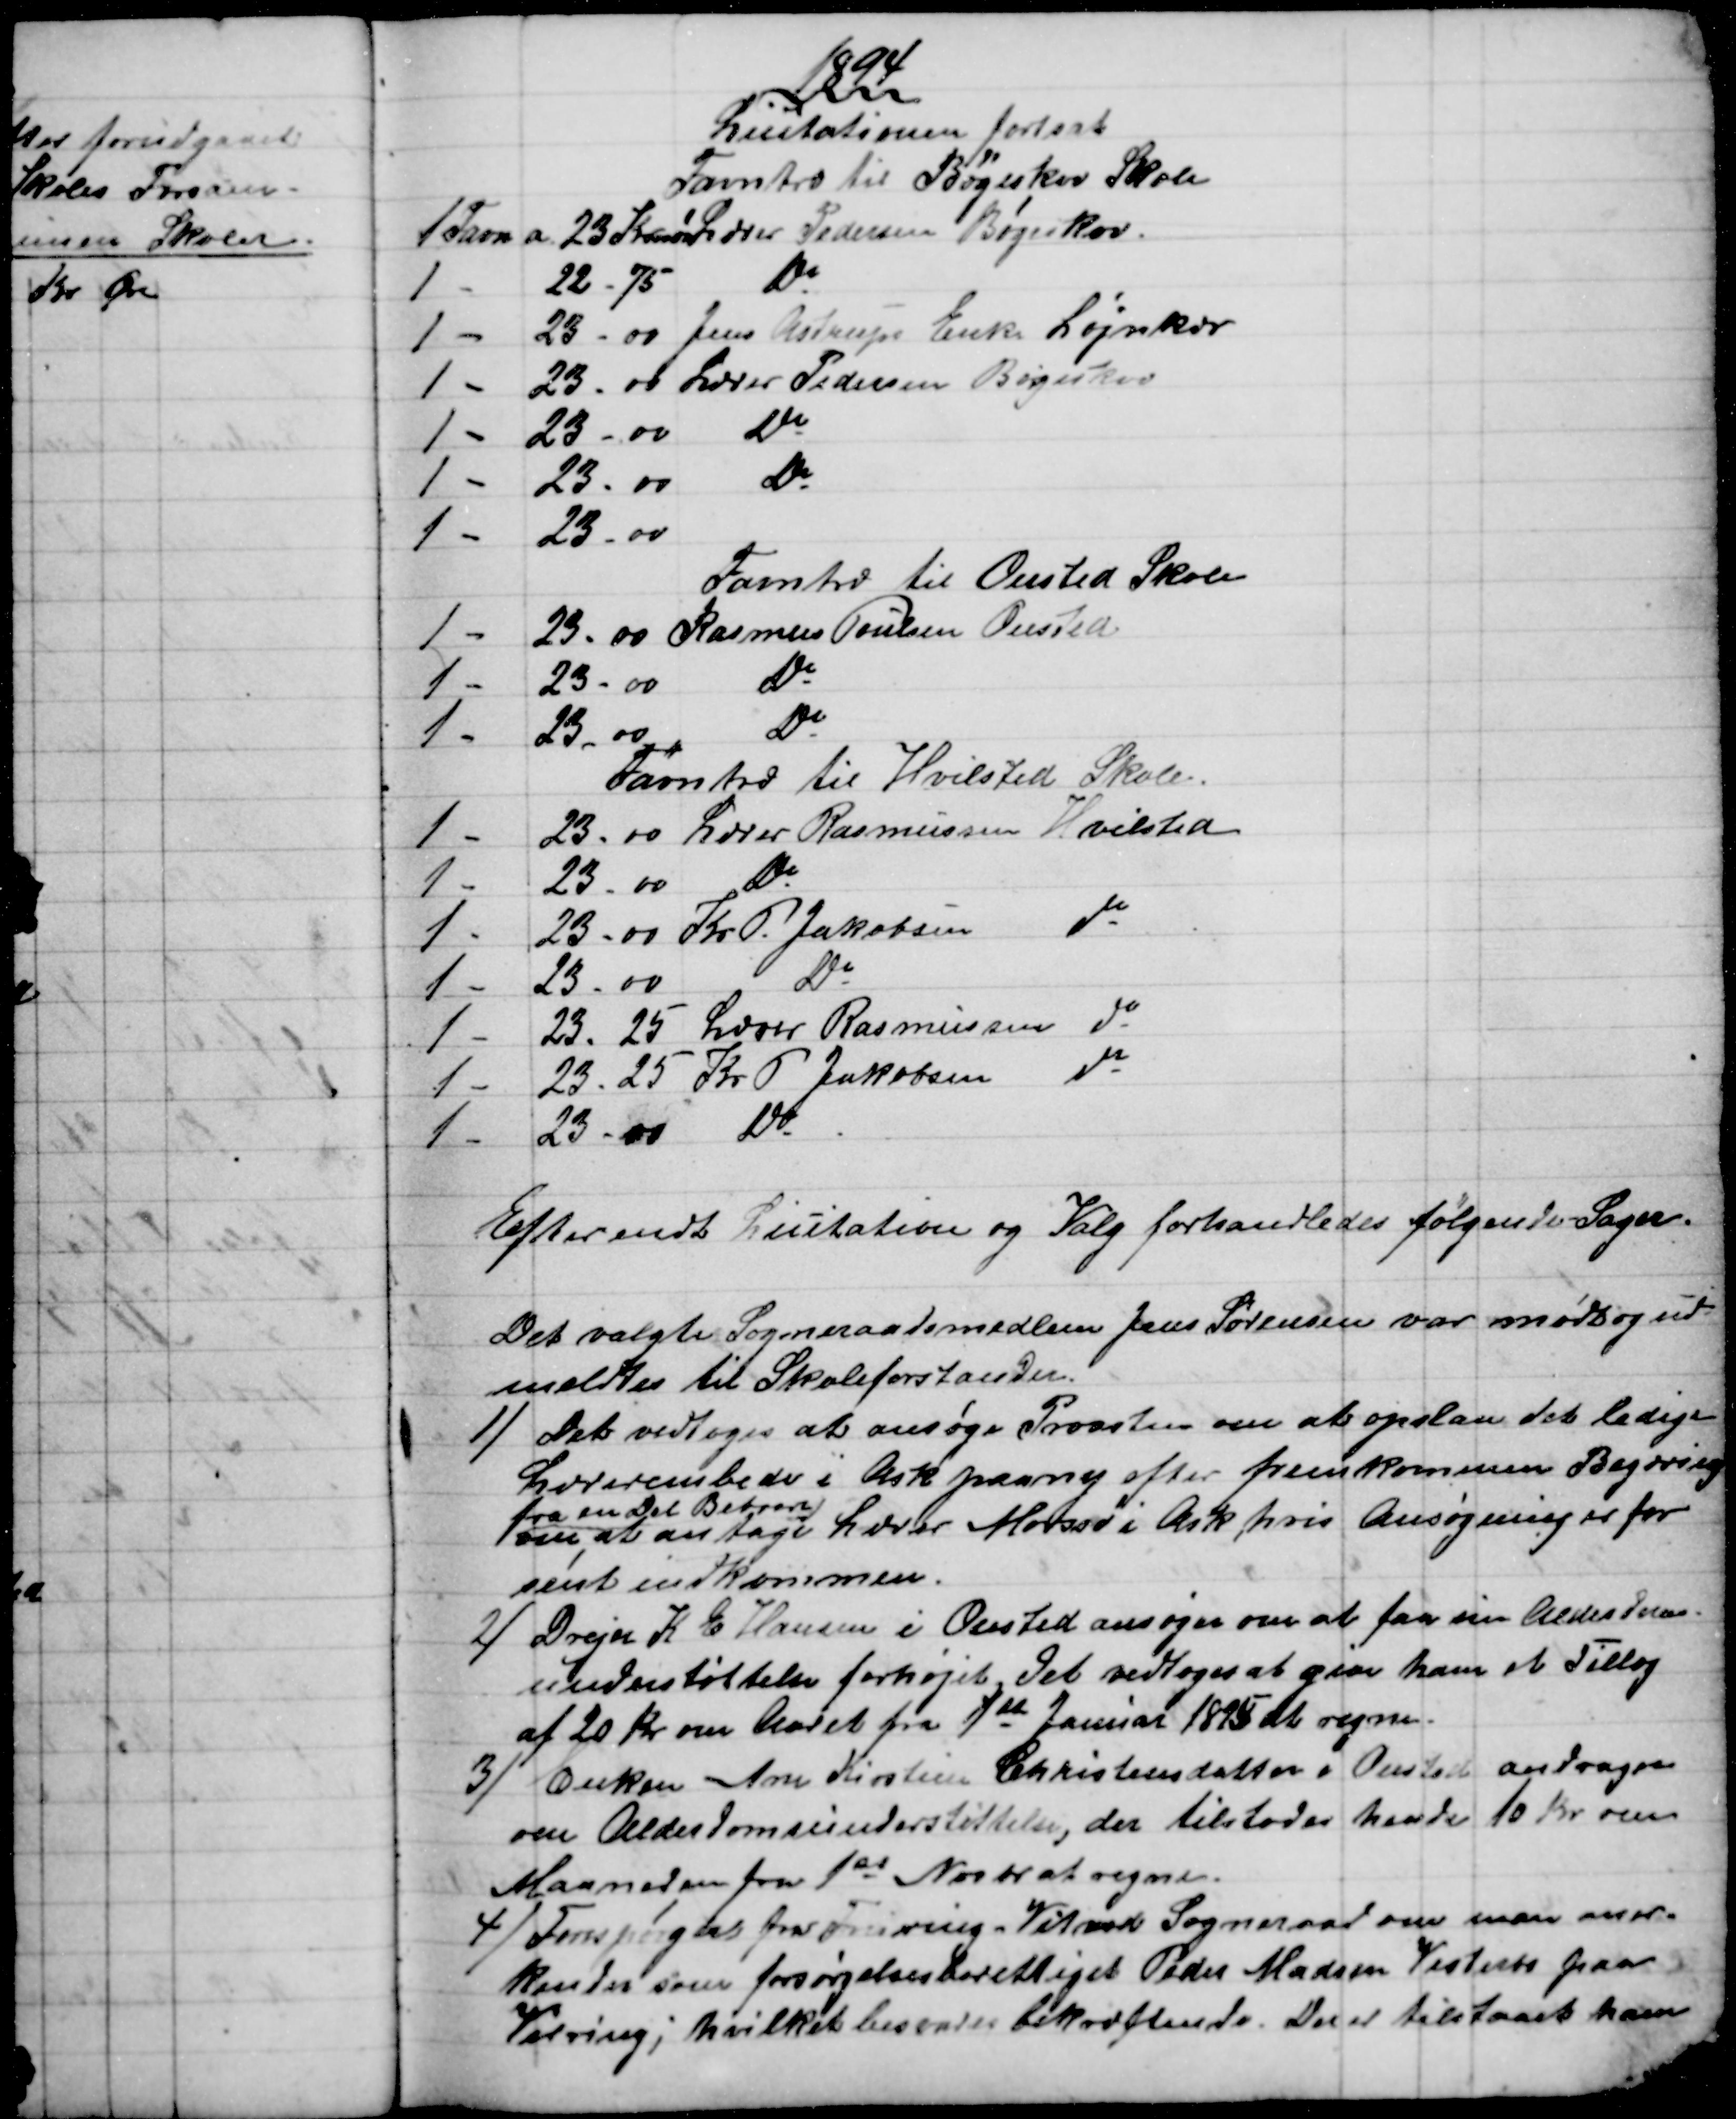
Transskription:
1894
Licitationen fortsat
Favntræ til Bøgeskov Skole
1 Favn 
a 23 Kroner øre
Lærer Pedersen Bøgeskov.
1 -
22 - 75
Do
1 
23 - 00 
Jens Astrups Enke Løjnkær
1 -
23 - 00
Lærer Pedersen Bøgeskov
1 
23 - 00 
Do
1 
23 - 00 
Do
1 
23 - 00
Favntræ til Onsted Skole
1 
23 - 00 
Rasmus Poulsen Onsted
1 
23 - 00 
Do
1 
23 - 00
Do
Favntræ til Hvilsted Skole.
1 
23 - 00 
Lærer Rasmussen Hvilsted
1 
23 - 00
Do
1 
23 - 00 
Kr. P. Jakobsen do
1 
23 - 00
Do
1 
23 - 25 
Lærer Rasmussen do
1 
23 - 25
Kr. P. Jakobsen do
1 
23 - 00 
Do
Efter endt Licitation og Valg forhandledes følgende Sager.
Det valgte Sogneraadsmedlem Jens Sørensen var mødt og ud-
meldtes til Skoleforstander.
1)
Det vedtoges at ansøge Provsten om at opslaa det ledige
Lærerembede i Ask paany efter fremkommen Begæring
om, 
fra en Del Beboere
at antage Lærer Morsø i Ask, hvis Ansøgning er for
sent indkommen.
2) 
Drejer K. E. Hansen i Onsted ansøger om at faa sin Alderdoms-
understøttelse forhøjet. Det vedtoges at give ham et Tillæg
af 20 Kr om Aaret fra 1st Januar 1895 at regne.
3)
Enken Ane Kirstine Christensdatter i Onsted andrager
om Alderdomsunderstøttelse, der tilstodes hende 10 Kr om
Maaneden fra 1st Novbr at regne.
4) 
Forespørgsel fra Fruering-Vitved Sogneraad om man aner-
kender som forsørgelsesberettiget Peder Madsen Vesterbo paa
Virring; hvilket besvares bekræftende. Der er tilstaaet ham